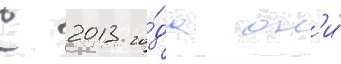
С 2013 го́да он'и́